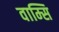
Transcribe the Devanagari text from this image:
वाम्सि